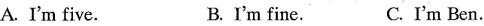
A.I^{\prime} m five. B. I^{\prime} m fine. C.I^{\prime} m Ben.